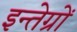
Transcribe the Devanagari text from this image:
इन्तेग्रों